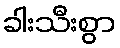
ခါးသီးစွာ